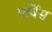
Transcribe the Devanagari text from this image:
गर्विस